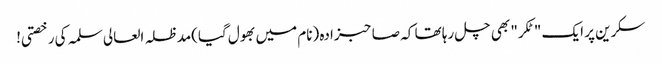
سکرین پر ایک "ٹکر" بھی چل رہا تھا کہ صاحبزادہ (نام میں بھول گیا)مدظلہ العالی سلمہ کی رخصتی!